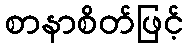
စာနာစိတ်ဖြင့်